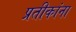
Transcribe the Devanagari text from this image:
प्रतीकांना